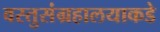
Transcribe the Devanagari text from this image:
वस्तुसंग्रहालयाकडे